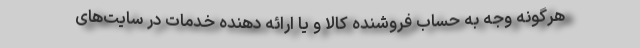
هرگونه وجه به ‌حساب فروشنده کالا و یا ارائه‌ دهنده خدمات در سایت‌های